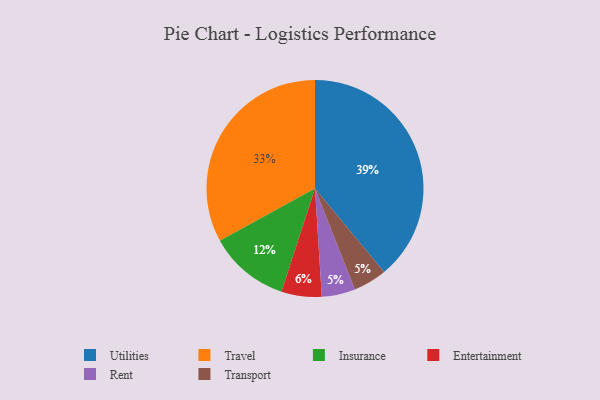
{"axis": {"x": "Category", "y": "Percentage"}, "legend": ["Entertainment", "Insurance", "Rent", "Transport", "Travel", "Utilities"], "data": [{"x": "Utilities", "y": 39, "type": "Utilities"}, {"x": "Rent", "y": 5, "type": "Rent"}, {"x": "Transport", "y": 5, "type": "Transport"}, {"x": "Travel", "y": 33, "type": "Travel"}, {"x": "Insurance", "y": 12, "type": "Insurance"}, {"x": "Entertainment", "y": 6, "type": "Entertainment"}]}